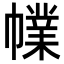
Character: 㡤